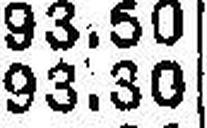
93.30